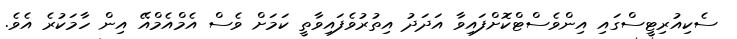
ސެކިއުރިޓީސްގައި އިންވެސްޓްކޮށްފައިވާ އަދަދު އިތުރުވެފައިވާތީ ކަމަށް ވެސް އެމްއެމްއޭ އިން ހާމަކުރެ އެވެ.